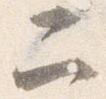
二